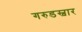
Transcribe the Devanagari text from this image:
गरुडस्वार